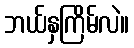
ဘယ်နှကြိမ်လဲ။